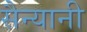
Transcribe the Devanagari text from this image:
सैन्यानी